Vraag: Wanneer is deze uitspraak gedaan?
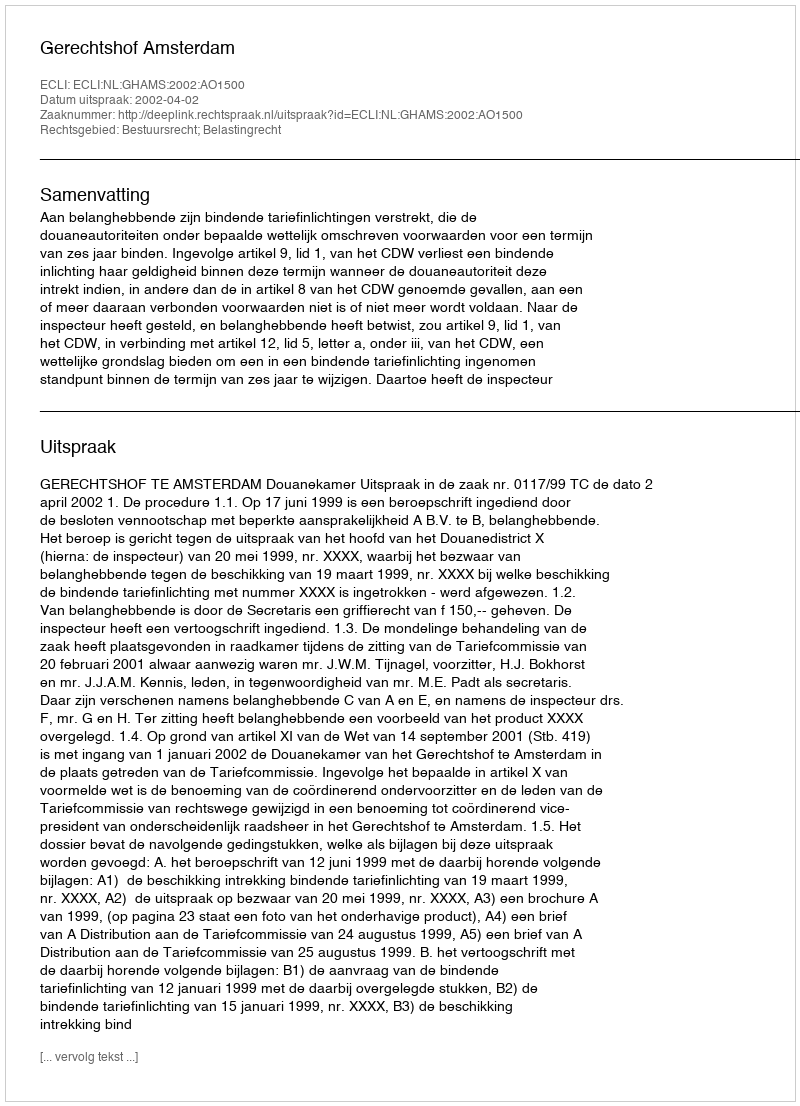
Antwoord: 2002-04-02